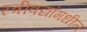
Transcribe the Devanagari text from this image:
स्त्रीवद्यांमधील